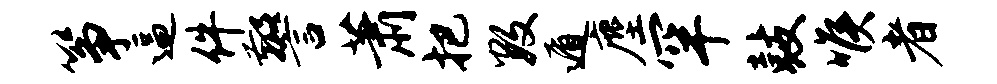
筝逼件警萧把数遁麈罕鼓喉者